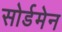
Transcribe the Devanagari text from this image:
सोर्डमेन